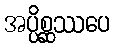
အပ္ပိစ္ဆဿပေ